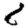
Digit: 8